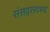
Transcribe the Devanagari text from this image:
संसद्सदस्य